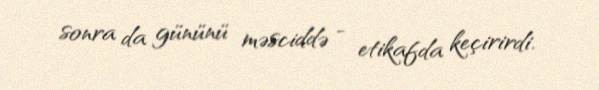
sonra da gününü məsciddə - etikafda keçirirdi.